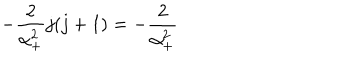
- \frac 2 { \alpha _ { + } ^ { 2 } } j ( j + 1 ) = - \frac 2 { \alpha _ { + } ^ { 2 } }